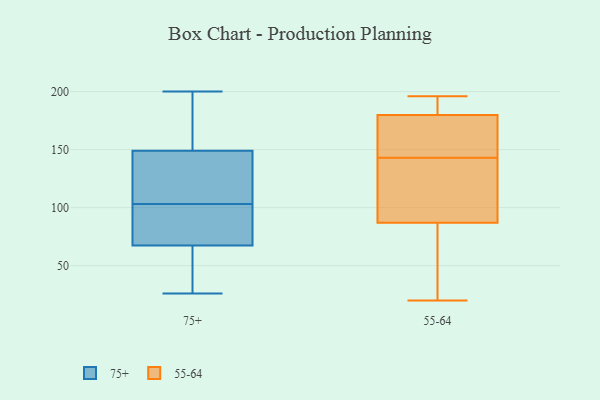
{"axis": {"x": "Churn Rate (%)", "y": "Value"}, "legend": ["55-64", "75+"], "data": [{"x": "", "y": 152, "type": "75+"}, {"x": "", "y": 190, "type": "75+"}, {"x": "", "y": 140, "type": "75+"}, {"x": "", "y": 128, "type": "75+"}, {"x": "", "y": 53, "type": "75+"}, {"x": "", "y": 163, "type": "75+"}, {"x": "", "y": 44, "type": "75+"}, {"x": "", "y": 71, "type": "75+"}, {"x": "", "y": 77, "type": "75+"}, {"x": "", "y": 103, "type": "75+"}, {"x": "", "y": 26, "type": "75+"}, {"x": "", "y": 60, "type": "75+"}, {"x": "", "y": 107, "type": "75+"}, {"x": "", "y": 81, "type": "75+"}, {"x": "", "y": 66, "type": "75+"}, {"x": "", "y": 163, "type": "75+"}, {"x": "", "y": 122, "type": "75+"}, {"x": "", "y": 200, "type": "75+"}, {"x": "", "y": 97, "type": "75+"}, {"x": "", "y": 149, "type": "55-64"}, {"x": "", "y": 180, "type": "55-64"}, {"x": "", "y": 21, "type": "55-64"}, {"x": "", "y": 20, "type": "55-64"}, {"x": "", "y": 35, "type": "55-64"}, {"x": "", "y": 191, "type": "55-64"}, {"x": "", "y": 82, "type": "55-64"}, {"x": "", "y": 196, "type": "55-64"}, {"x": "", "y": 143, "type": "55-64"}, {"x": "", "y": 133, "type": "55-64"}, {"x": "", "y": 187, "type": "55-64"}, {"x": "", "y": 141, "type": "55-64"}, {"x": "", "y": 102, "type": "55-64"}, {"x": "", "y": 179, "type": "55-64"}, {"x": "", "y": 156, "type": "55-64"}]}